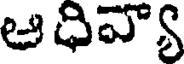
ఆధివ్యా